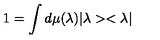
1 = \int d \mu ( \lambda ) | \lambda > < \lambda |